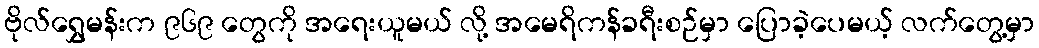
ဗိုလ်ရွှေမန်းက ၉၆၉ တွေကို အရေးယူမယ် လို့ အမေရိကန်ခရီးစဉ်မှာ ပြောခဲ့ပေမယ့် လက်တွေ့မှာ